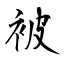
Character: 被